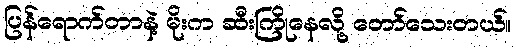
ပြန်ရောက်တာနဲ့ မိုးက ဆီးကြိုနေလို့ တော်သေးတယ်။